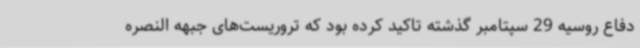
دفاع روسیه 29 سپتامبر گذشته تاکید کرده بود که تروریست‌های جبهه النصره